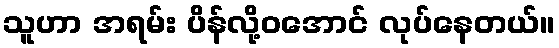
သူဟာ အရမ်း ပိန်လို့ဝအောင် လုပ်နေတယ်။